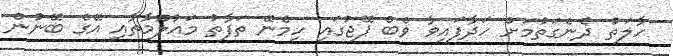
ހާލަތު ދެނެގަތުމަށް ހަދާފައިވާ ވެބް ޕޭޖުގައި ހިމެނޭ ތަފާތު މައުލޫމާތާއި އޭގެ ބޭނުން